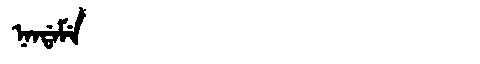
Manchu: ᠨᠠᠨᡩᠠᠮᡝ
Romanization: NANDAME